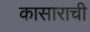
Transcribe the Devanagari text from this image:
कासाराची